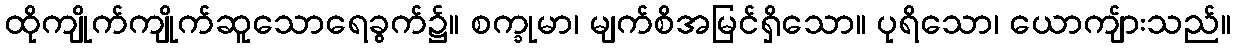
ထိုကျိုက်ကျိုက်ဆူသောရေခွက်၌။ စက္ခုမာ၊ မျက်စိအမြင်ရှိသော။ ပုရိသော၊ ယောကျ်ားသည်။